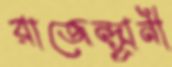
রাজেন্দ্র্রানী